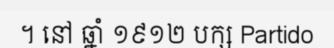
។ នៅ ឆ្នាំ ១៩១២ បក្ស Partido